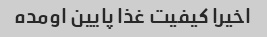
اخیرا کیفیت غذا پایین اومده